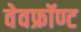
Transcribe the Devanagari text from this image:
वेवफ्रॉण्ट